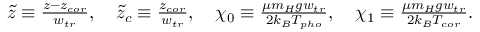
\begin{array} { r } { \tilde { z } \equiv \frac { z - z _ { c o r } } { w _ { t r } } , \quad \tilde { z } _ { c } \equiv \frac { z _ { c o r } } { w _ { t r } } , \quad \chi _ { 0 } \equiv \frac { \mu m _ { H } g w _ { t r } } { 2 k _ { B } T _ { p h o } } , \quad \chi _ { 1 } \equiv \frac { \mu m _ { H } g w _ { t r } } { 2 k _ { B } T _ { c o r } } . } \end{array}